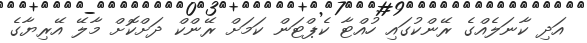
އަދި ކާނަލެއްގެ ރޭންކުގައި ހުއްޓާ ކެޕްޓަން ކަމަށް ރޭންކް ދަށްކޮށް މާލޭ އޭރިޔާގެ